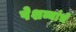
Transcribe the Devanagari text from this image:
पेशव्यांचें